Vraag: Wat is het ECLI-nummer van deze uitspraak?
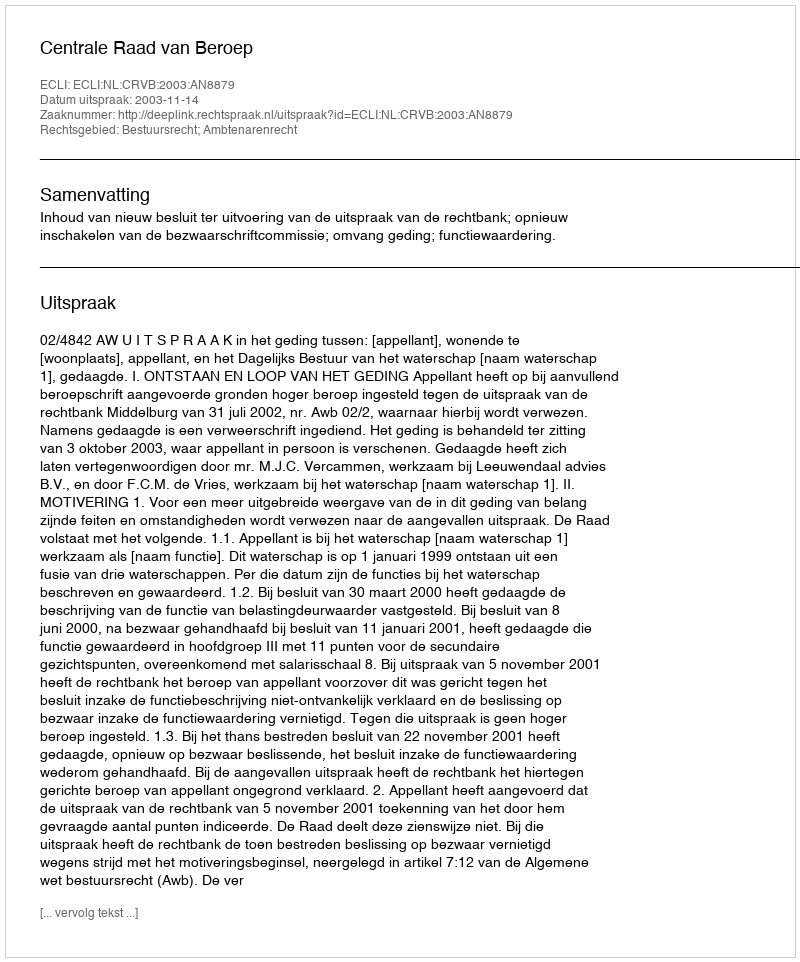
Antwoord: ECLI:NL:CRVB:2003:AN8879